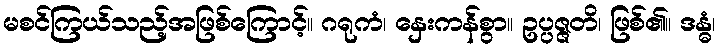
မစင်ကြယ်သည့်အဖြစ်ကြောင့်။ ဂရုကံ၊ နှေးကန်စွာ။ ဥပ္ပဇ္ဇတိ၊ ဖြစ်၏။ ဒန္ဓံ၊